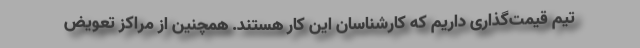
تیم قیمت‌گذاری داریم که کارشناسان این کار هستند. همچنین از مراکز تعویض